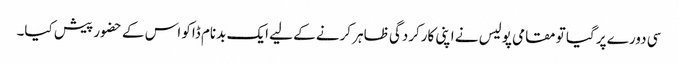
سی دورے پر گیا تو مقامی پولیس نے اپنی کارکردگی ظاہر کرنے کے لیے ایک بدنام ڈاکو اس کے حضور پیش کیا۔